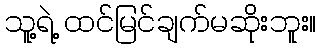
သူ့ရဲ့ ထင်မြင်ချက်မဆိုးဘူး။